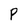
Character: P